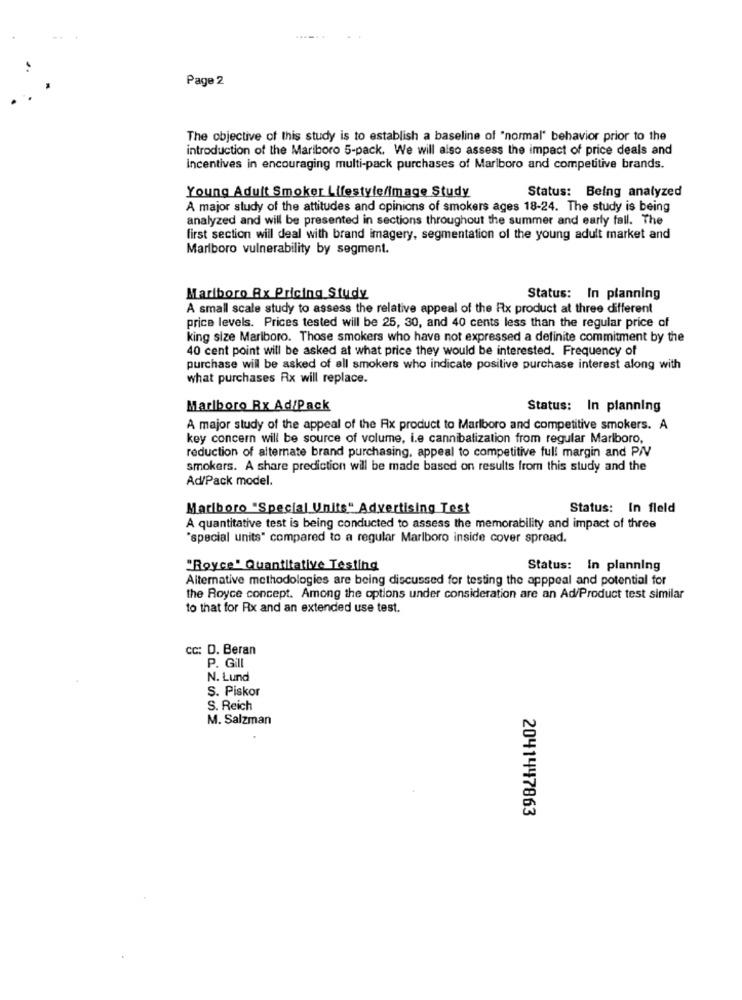
Page 2
The objective of this study is to establish a baseline of "normal" behavior prior to the
introduction of the Mariboro 5-pack. We will also assess the impact of price deals and
incentives in encouraging multi-pack purchases of Marlboro and competitive brands.
Status: Being analyzed
Young Adult Smoker Lifestyle/image Study
A major study of the attitudes and opinions of smokers ages 18-24. The study is being
analyzed and will be presented in sections throughout the summer and early fall. The
first section will deal with brand imagery, segmentation of the young adult market and
Marlboro vulnerability by segment.
Marlboro Ax Pricing Study
Status: In planning
A small scale study to assess the relative appeal of the Rx product at three different
price levels. Prices tested will be 25, 30, and 40 cents less than the regular price of
king size Mariboro. Those smokers who have not expressed a definite commitment by the
40 cent point will be asked at what price they would be interested. Frequency of
purchase will be asked of all smokers who indicate positive purchase interest along with
what purchases Rx will replace.
Marlboro Rx Ad/Pack
Status: In planning
A major study of the appeal of the Rx product to Marlboro and competitive smokers. A
key concern will be source of volume, i.e cannibalization from regular Marlboro,
reduction of alternate brand purchasing, appeal to competitive full margin and PIV
smokers. A share prediction will be made based on results from this study and the
Ad/Pack model.
Marlboro "Special Units" Advertising Test
Status: In fleld
A quantitative test is being conducted to assess the memorability and impact of three
"special units" compared to a regular Marlboro inside cover spread.
"Royce" Quantitative Testing
Status: In planning
Alternative methodologies are being discussed for testing the apppeal and potential for
the Royce concept. Among the options under consideration are an Ad/Product test similar
to that for Rx and an extended use test.
CC: D. Beran
P. Gill
N. Lund
S. Piskor
S. Reich
M. Salzman
2041447863